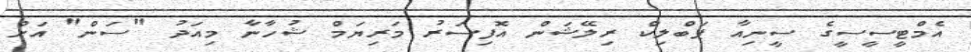
އެމްޓީސީސީގެ ސީނިއާ ޕަބްލިކް ރިލޭޝަން އޮފިސަރު މަރިޔަމް ޝުހާނާ މިއަދު "ސަން" އަށް